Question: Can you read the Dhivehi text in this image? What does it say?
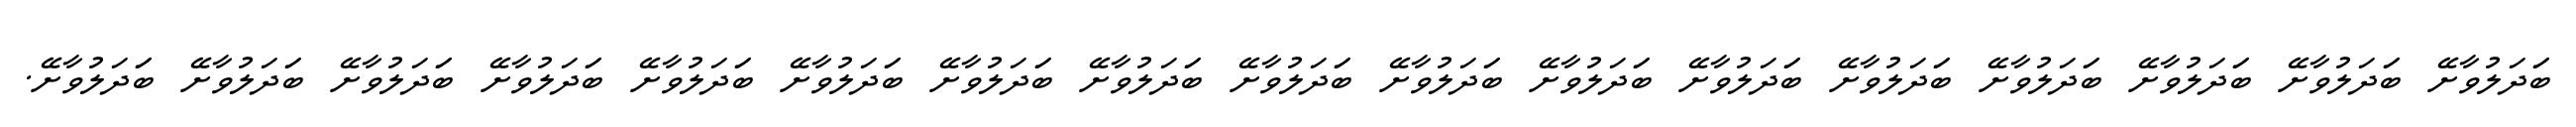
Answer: ބަަދަލުވާށޭ ބަަދަލުވާށޭ ބަަދަލުވާށޭ ބަަދަލުވާށޭ ބަަދަލުވާށޭ ބަަދަލުވާށޭ ބަަދަލުވާށޭ ބަަދަލުވާށޭ ބަަދަލުވާށޭ ބަަދަލުވާށޭ ބަަދަލުވާށޭ ބަަދަލުވާށޭ ބަަދަލުވާށޭ ބަަދަލުވާށޭ ބަަދަލުވާށޭ ބަަދަލުވާށޭ ބަަދަލުވާށޭ.